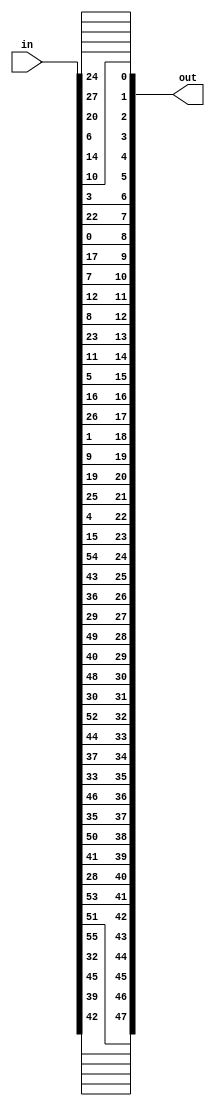
/*

 Module Name : pc2
 
 Functionality:
 pc2 selects the 48-bit subkey for each round from the 56-bit
 key-schedule state.
 
 */

module pc2(input    [56:1] in   ,
           output   [48:1] out  );

    assign out =   {in[43], in[40], in[46], in[33], in[56], 
                    in[52], in[54], in[29], in[42], 
                    in[51], in[36], in[47], in[34], 
                    in[38], in[45], in[53], in[31], 
                    in[49], in[41], in[50], in[30], 
                    in[37], in[44], in[55], in[16], 
                    in[5],  in[26], in[20], in[10], 
                    in[2],  in[27], in[17], in[6], 
                    in[12], in[24], in[9], in[13], 
                    in[8],  in[18], in[1], in[23], 
                    in[4],  in[11], in[15], in[7], 
                    in[21], in[28], in[25]};

endmodule